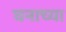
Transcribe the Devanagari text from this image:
घनाच्या